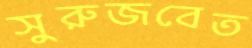
সুরুজবেত